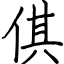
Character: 倛